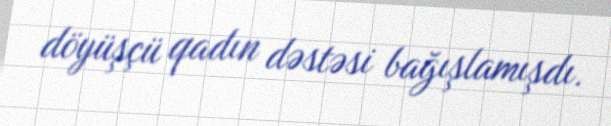
döyüşçü qadın dəstəsi bağışlamışdı.